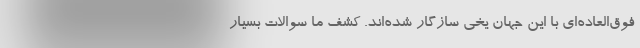
فوق‌العاده‌ای با این جهان یخی سازگار شده‌اند. کشف ما سوالات بسیار